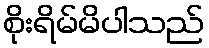
စိုးရိမ်မိပါသည်